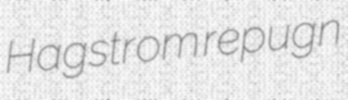
Hagstrom repugn